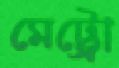
মেট্ট্রো